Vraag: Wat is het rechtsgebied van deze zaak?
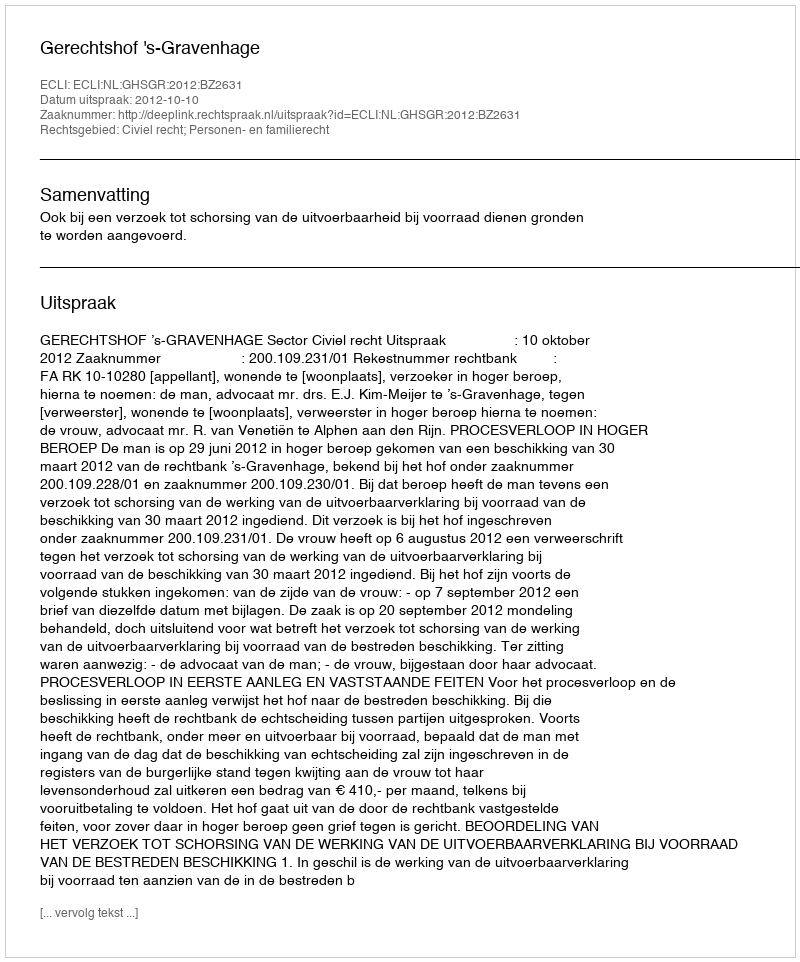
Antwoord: Civiel recht; Personen- en familierecht